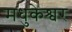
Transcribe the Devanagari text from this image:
मधुकेश्वर